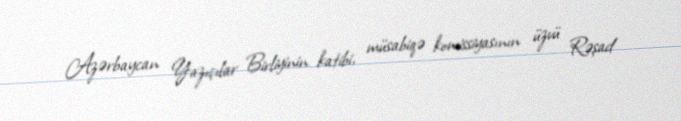
Azərbaycan Yazıçılar Birliyinin katibi, müsabiqə komissiyasının üzvü Rəşad